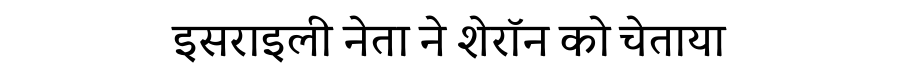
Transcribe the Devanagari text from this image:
इसराइली नेता ने शेरॉन को चेताया